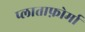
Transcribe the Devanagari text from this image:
प्लाताफ़ोर्मा